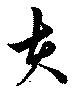
夫